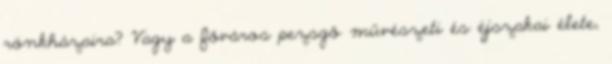
rönkházaira? Vagy a főváros pezsgő művészeti és éjszakai élete,